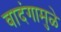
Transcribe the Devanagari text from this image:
वादंगामुळे